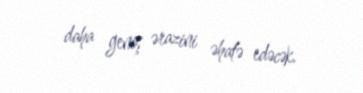
daha geniş ərazini əhatə edəcək.